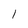
Character: 1